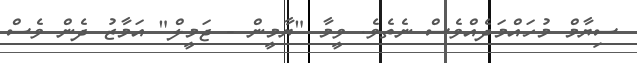
ސިޔާމް މުހައްމަދެއްވެސް ނެތެވެ. ވީމާ "ޔާމީން - ޖަމީލް" އަމާޒު ދެން ވެސް